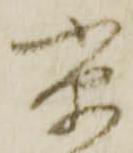
京